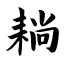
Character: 耥